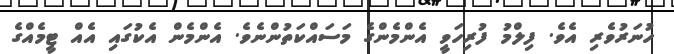
ހުނަރުވެރި އެވެ. ފިލްމު ފުރިހަވީ އެންމެންގެ މަސައްކަތުންނެވެ. އެންމެން އެކުގައި އެއް ޓީމެއްގެ